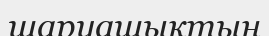
шаруашықтың